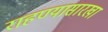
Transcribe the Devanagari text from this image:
राहण्यासारखा